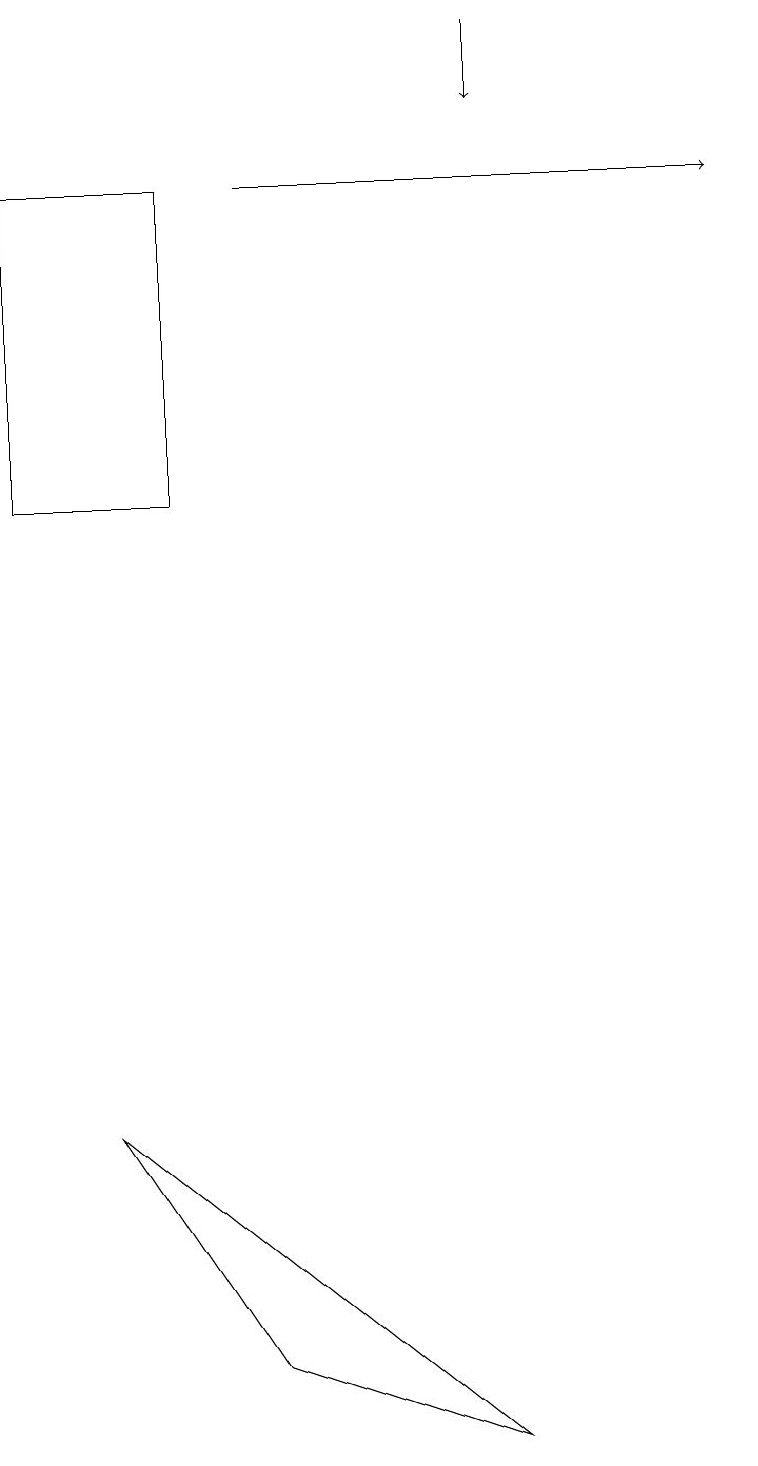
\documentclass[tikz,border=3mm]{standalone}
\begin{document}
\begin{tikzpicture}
\draw (1,5) -- (3,2) -- (6,1) -- cycle;
\draw[->] (6,19) -- (6,18);
\draw (2,17) rectangle (0,13);
\draw[->] (3,17) -- (9,17);
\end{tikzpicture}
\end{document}